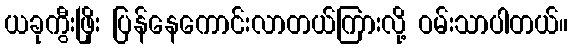
ယခုကွီးဖြိုး ပြန်နေကောင်းလာတယ်ကြားလို့ ဝမ်းသာပါတယ်။